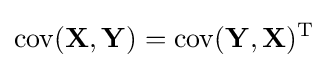
\operatorname {cov} (\mathbf {X} ,\mathbf {Y} )=\operatorname {cov} (\mathbf {Y} ,\mathbf {X} )^{\rm {T}}